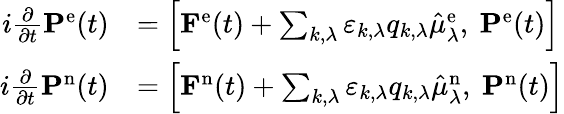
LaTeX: \begin{array}{rl}{i\frac{\partial}{\partial t}\mathbf{P}^{\mathrm{e}}(t)}&{=\left[\mathbf{F}^{\mathrm{e}}(t)+\sum_{k,\lambda}\varepsilon_{k,\lambda}q_{k,\lambda}\hat{\mu}_{\lambda}^{\mathrm{e}},\ \mathbf{P}^{\mathrm{e}}(t)\right]}\\ {i\frac{\partial}{\partial t}\mathbf{P}^{\mathrm{n}}(t)}&{=\left[\mathbf{F}^{\mathrm{n}}(t)+\sum_{k,\lambda}\varepsilon_{k,\lambda}q_{k,\lambda}\hat{\mu}_{\lambda}^{\mathrm{n}},\ \mathbf{P}^{\mathrm{n}}(t)\right]}\end{array}